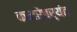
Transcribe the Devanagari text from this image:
कमरेपर्यंत